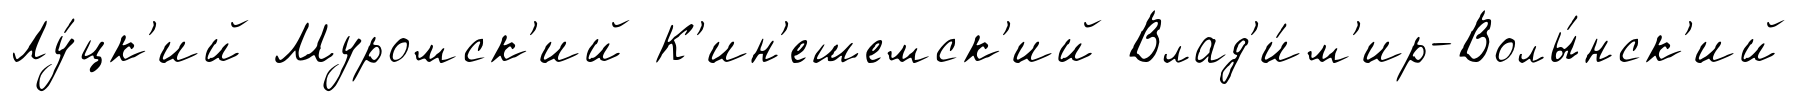
Лу́цк'ий Муромск'ий К'ин'ешемск'ий Влад'и́м'ир-Волы́нск'ий